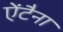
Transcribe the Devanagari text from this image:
ऐंटैना